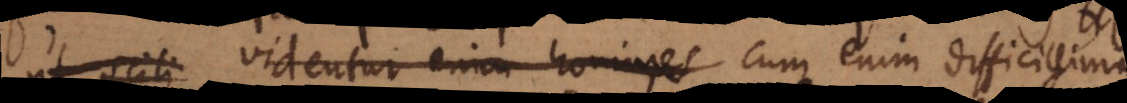
ut scili. Videntur enim homines. Cum enim difficillima